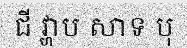
ជី វ្ហាប សាទ បុ